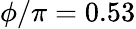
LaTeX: \phi/\pi=0.53